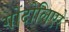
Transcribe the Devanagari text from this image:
गोंदोलिएरे